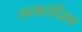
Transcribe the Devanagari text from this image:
ललाटदिशा